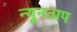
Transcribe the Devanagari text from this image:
न्यूनताप